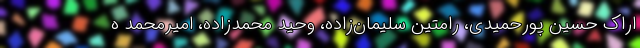
اراک حسین پورحمیدی، رامتین سلیمان‌زاده، وحید محمدزاده، امیرمحمد ه